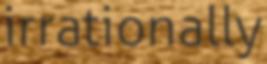
irrationally